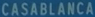
CASABLANCA